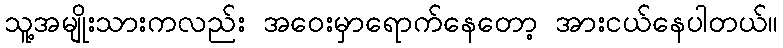
သူ့အမျိုးသားကလည်း အဝေးမှာရောက်နေတော့ အားငယ်နေပါတယ်။